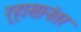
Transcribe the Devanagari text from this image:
र्‍हासानंतर